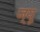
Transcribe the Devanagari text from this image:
ज्‍यू